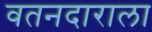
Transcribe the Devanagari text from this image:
वतनदाराला